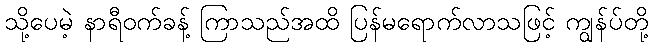
သို့ပေမဲ့ နာရီဝက်ခန့် ကြာသည်အထိ ပြန်မရောက်လာသဖြင့် ကျွန်ပ်တို့